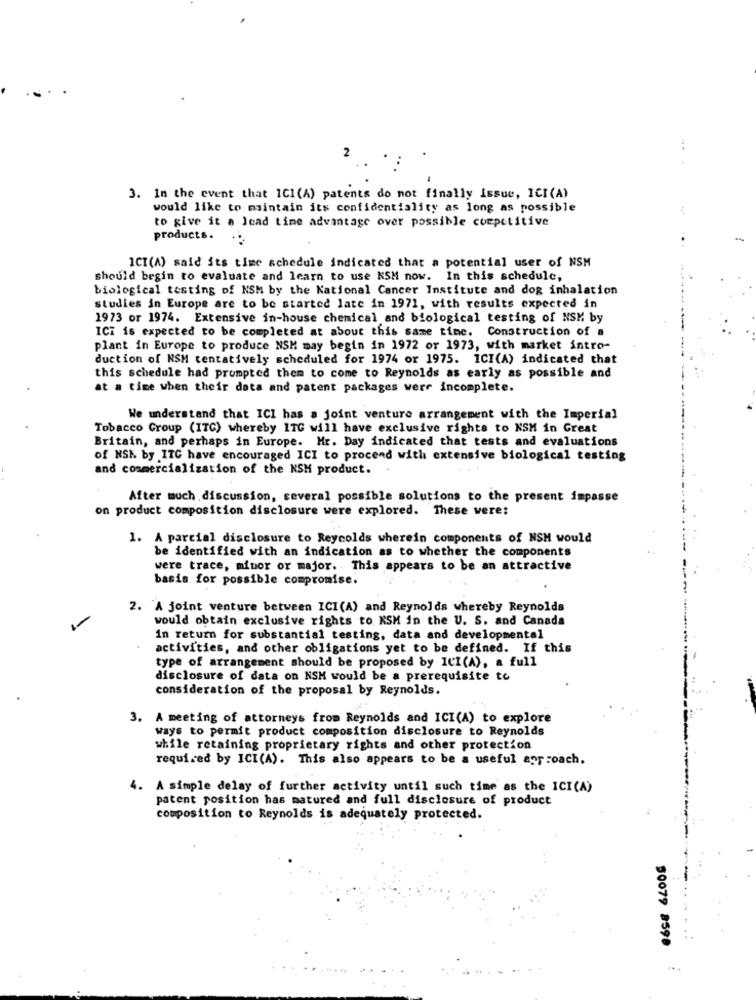
:
2
3. In the event that ICI(A) patents do not finally issue, ICI(A)
would like to maintain its confidentiality as long as possible
to give it a lead time advantage over possible competitive
products.
ICI(A) said its time schedule indicated that a potential user of NSM
should begin to evaluate and learn to use NSM now. In this schedule,
biological testing of NSM by the National Cancer Institute and dog inhalation
studies in Europe are to be started late in 1971, with results expected in
1973 or 1974. Extensive in-house chemical and biological testing of NSM by
ICH is expected to be completed at about this same time. Construction of a
plant in Europe to produce NSM may begin in 1972 or 1973, with market intro-
duction of NSM tentatively scheduled for 1974 or 1975. ICI(A) indicated that
this schedule had prompted them to come to Reynolds as early as possible and
at a time when their data and patent packages were incomplete.
We understand that ICI has a joint venture arrangement with the Imperial
Tobacco Group (ITG) whereby 1TC will have exclusive rights to KSM in Great
Britain, and perhaps in Europe. Mr. Day indicated that tests and evaluations
of NSK by ITC have encouraged ICI to proceed with extensive biological testing
and commercialization of the NSH product.
After much discussion, several possible solutions to the present impasse
on product composition disclosure were explored. These were:
1. A parcial disclosure to Reycolds wherein components of NSH would
be identified with an indication as to whether the components
were trace, minor or major. This appears to be an attractive
basis for possible compromise.
2. A joint venture between ICI(A) and Reynolds whereby Reynolds
1-
would obtain exclusive rights to KSM in the U. S. and Canada
in return for substantial testing, data and developmental
activities, and other obligations yet to be defined. If this
type of arrangement should be proposed by ICI(A), a full
disclosure of data on NSH would be a prerequisite to
consideration of the proposal by Reynolds.
3. A meeting of attorneys from Reynolds and ICI(A) to explore
ways to permit product composition disclosure to Reynolds
while retaining proprietary rights and other protection
required by ICI(A). This also appears to be a useful approach.
4. A simple delay of further activity until such time as the ICI(A)
patent position has matured and full disclosure of product
composition to Reynolds is adequately protected.
--
50079 8598